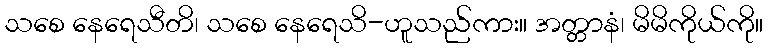
သစေ နေရေသီတိ၊ သစေ နေရေသိ-ဟူသည်ကား။ အတ္တာနံ၊ မိမိကိုယ်ကို။